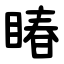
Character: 睶